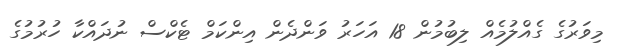
މިވަރުގެ ގެއްލުމެއް ލިބުމުން 18 އަހަރު ވަންދެން އިންކަމް ޓެކްސް ނުދައްކާ ހުރުމުގެ